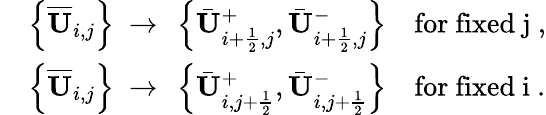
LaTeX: \begin{array}{rl}&{\left\{ \overline{{\mathbf{U}}}_{i,j}\right\} ~\to~\left\{ \bar{\mathbf{U}}_{i+\frac 12,j}^{+},\bar{\mathbf{U}}_{i+\frac 12,j}^{-}\right\} \quad\mathrm{for~fixed~j~},}\\ &{\left\{ \overline{{\mathbf{U}}}_{i,j}\right\} ~\to~\left\{ \bar{\mathbf{U}}_{i,j+\frac 12}^{+},\bar{\mathbf{U}}_{i,j+\frac 12}^{-}\right\} \quad\mathrm{for~fixed~i~}.}\end{array}